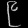
Digit: ၉